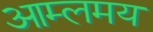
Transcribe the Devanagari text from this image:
आम्लमय